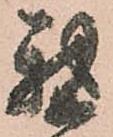
我